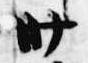
卅